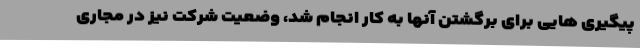
پیگیری هایی برای برگشتن آنها به کار انجام شد، وضعیت شرکت نیز در مجاری